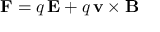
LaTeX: \mathbf { F } = q \, \mathbf { E } + q \, \mathbf { v } \times \mathbf { B }